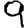
Digit: 9